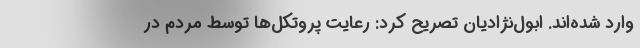
وارد شده‌اند. ابول‌نژادیان تصریح کرد: رعایت پروتکل‌ها توسط مردم در